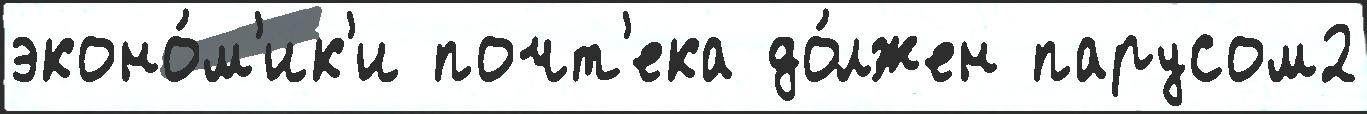
эконо́м'ик'и почт'ека до́лжен парусом2